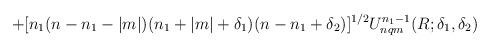
LaTeX: \begin{align*}+ [ n_1(n-n_1-|m|)(n_1+|m|+\delta_1)(n-n_1+\delta_2)]^{1/2}U_{nqm}^{n_1-1}(R; \delta_1,\delta_2)\end{align*}